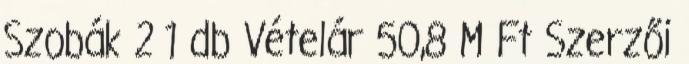
Szobák 2 1 db Vételár 50,8 M Ft Szerzői